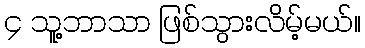
၄ သူ့ဘာသာ ဖြစ်သွားလိမ့်မယ်။